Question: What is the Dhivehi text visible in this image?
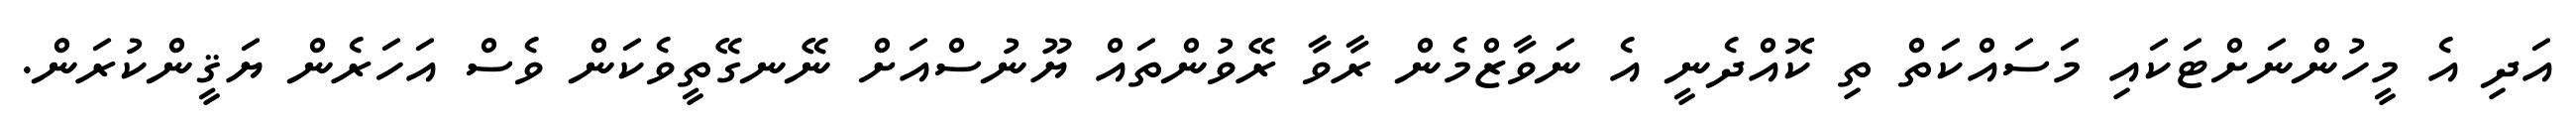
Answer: އަދި އެ މީހުންނަށްޓަކައި މަސައްކަތް ތި ކޮއްދެނީ އެ ނަވާޒްމެން ރާވާ ރޭވުންތައް ޔޫނުސްއަށް ނޭނގޭތީވެކަން ވެސް އަހަރެން ޔަޤީންކުރަން.